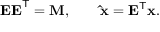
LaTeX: \mathbf { E E } ^ { \mathsf { T } } = \mathbf { M } , \qquad \mathbf { \hat { x } } = \mathbf { E } ^ { \mathsf { T } } \mathbf { x } .